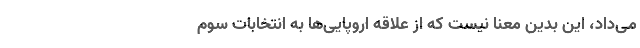
می‌داد، این بدین معنا نیست که از علاقه اروپایی‌ها به انتخابات سوم